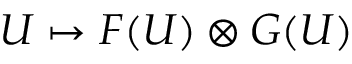
U \mapsto F ( U ) \otimes G ( U )